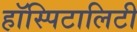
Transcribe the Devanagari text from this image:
हॉस्पिटालिटी